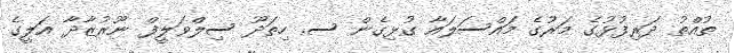
ތުއްތު ދަރިފުޅުގެ މަރުގެ މައްސަލައާ ގުޅިގެން ސ. ހިތަދޫ ސިލްވަލީފް ނޫރުޒާދާ އަލީގެ